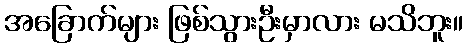
အခြောက်များ ဖြစ်သွားဦးမှာလား မသိဘူး။